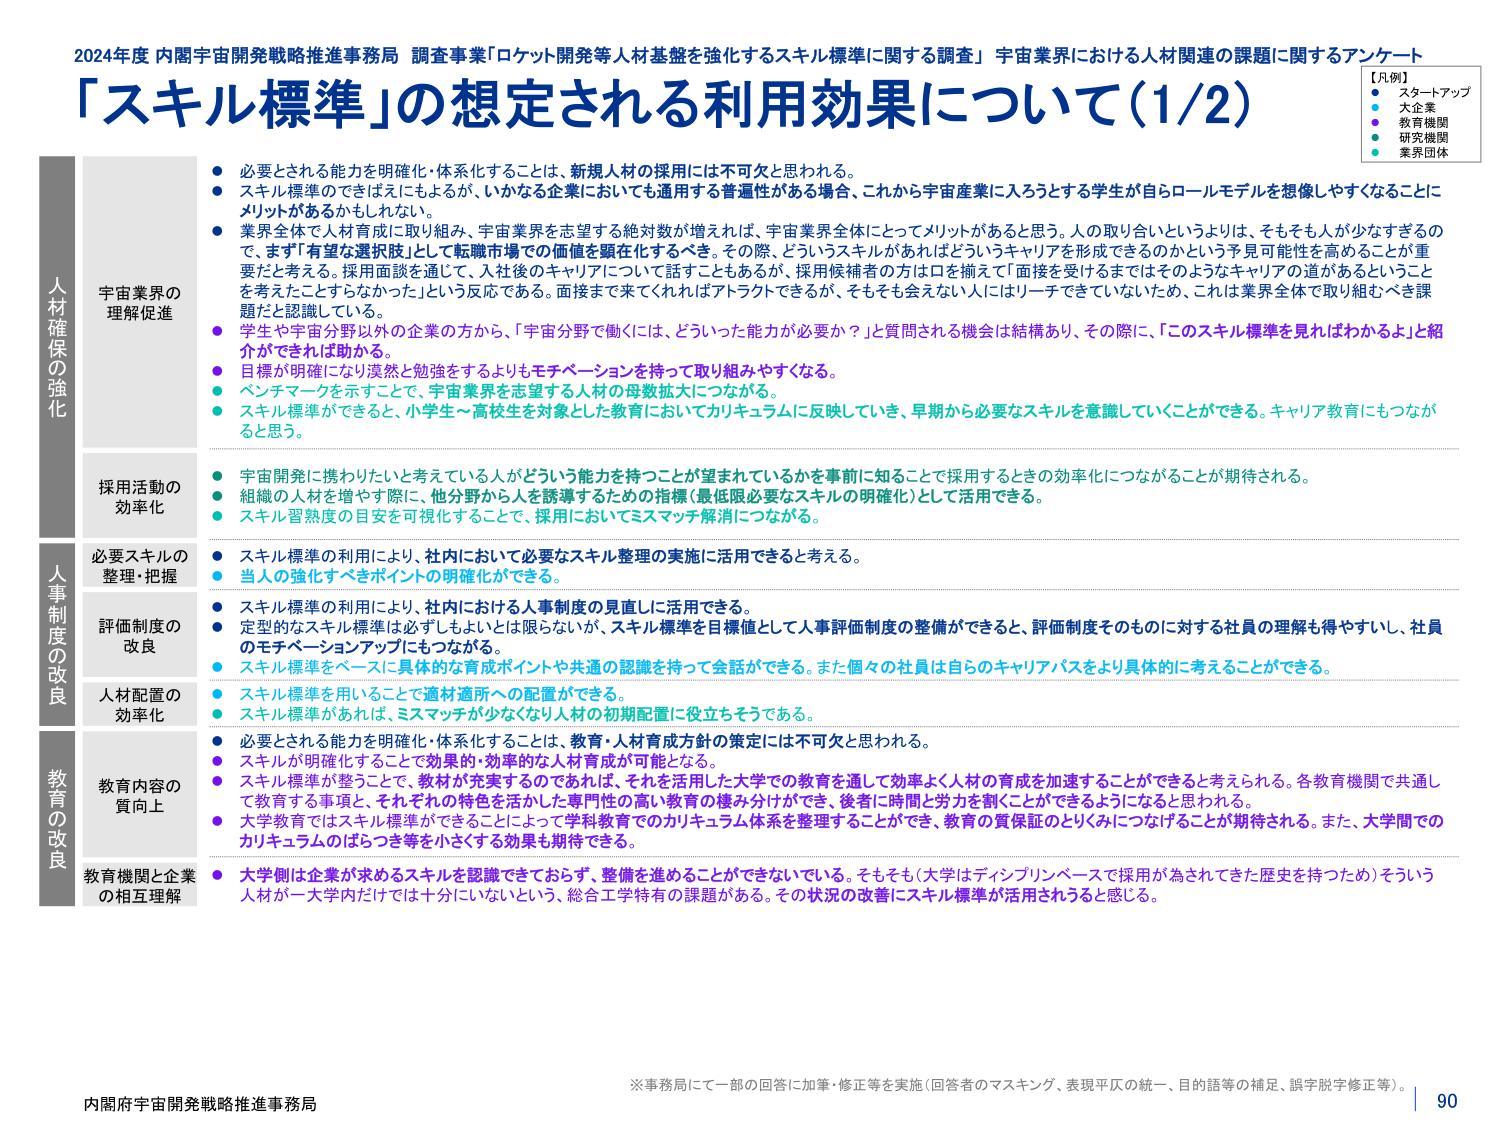
2024年度 内閣宇宙開発戦略推進事務局 調査事業「ロケット開発等人材基盤を強化するスキル標準に関する調査」 宇宙業界における人材関連の課題に関するアンケート
「スキル標準」の想定される利用効果について（1/2）

【凡例】
● スタートアップ
○ 大企業
● 教育機関
● 研究機関
● 業界団体

人材確保の強化
宇宙業界の理解促進
● 必要とされる能力を明確化・体系化することは、新規人材の採用には不可欠と思われる。
● スキル標準のできればよいが、いかなる企業においても通用する普遍性がある場合、これから宇宙産業に入ろうとする学生が自らロールモデルを想像しやすくなることにメリットがあるかもしれない。
● 業界全体で人材育成に取り組み、宇宙業界を志望する総対数が増えれば、宇宙業界全体にとってメリットがあると思う。人の取り合いというよりは、そもそも人が少なすぎるの で、まず「有望な選択肢」として転職市場での価値を顕在化するべき。その際、どういうスキルがあればどういうキャリアを形成できるのかという予見可能性を高めることが重 要だと考える。採用面談を通じて、入社後のキャリアについて話すこともあるが、採用候補者の方は口を揃えて「面接を受けるまではそのようなキャリアの道があるということ を考えたことがなかった」という反応である。面接まで来てくれればアトラクトできるが、そもそも会えない人にはリーチできていないため、これは業界全体で取り組むべき課 題だと認識している。
● 学生や宇宙分野以外の企業の方から、「宇宙分野で働くには、どういった能力が必要か？」と質問される機会は結構あり、その際に、「このスキル標準を見ればわかるよ」と紹 介ができれば助かる。
● 目標が明確になり漠然と勉強をするよりもモチベーションを持って取り組みやすくなる。
● ベンチマークを示すことで、宇宙業界を志望する人材の母数拡大につながる。
● スキル標準ができたと、小学生～高校生を対象とした教育においてカリキュラムに反映していき、早期から必要なスキルを意識していくことができる。キャリア教育にもつなが ると思う。

採用活動の効率化
● 宇宙開発に携わりたいと考えている人がどういう能力を持つことが望まれているかを事前に知ることで採用するときの効率化につながることが期待される。
● 組織の人材を増やす際に、他分野から人を誘導するための指標（最低限必要なスキルの明確化）として活用できる。
● スキル習熟度の目安を可視化することで、採用においてミスマッチ解消につながる。

人事制度の改良
必要スキルの整理・把握
● スキル標準の利用により、社内において必要なスキル整理の実施に活用できると考える。
● 当人の強化すべきポイントの明確化ができる。

評価制度の改良
● スキル標準の利用により、社内における人事制度の見直しに活用できる。
● 定型的なスキル標準は必ずしもよいとは限らないが、スキル標準を目標値として人事評価制度の整備ができると、評価制度そのものに対する社員の理解も得やすいし、社員 のモチベーションアップにもつながる。
● スキル標準をベースに具体的な育成ポイントや共通の認識を持って会話ができる。また個々の社員は自らのキャリアパスをより具体的に考えることができる。

人材配置の効率化
● スキル標準を用いることで適材適所への配置ができる。
● スキル標準があれば、ミスマッチが少なくなり人材の初期配置に役立ちそうである。

教育の改良
教育内容の質向上
● 必要とされる能力を明確化・体系化することは、教育・人材育成方針の策定には不可欠と思われる。
● スキルが明確化することで効果的・効率的な人材育成が可能となる。
● スキル標準が整うことで、教材が充実するのであれば、それを活用した大学での教育を通して効率よく人材の育成を加速することができると考えられる。各教育機関で共通し て教育する事項と、それぞれの特色を活かした専門性の高い教育の棲み分けができ、後者に時間と労力を割くことができるようになると思われる。
● 大学教育ではスキル標準ができることによって学科教育でのカリキュラム体系を整理することができ、教育の質保証のとりくみにつなげることが期待される。また、大学間での カリキュラムのばらつき等を小さくする効果も期待できる。

教育機関と企業の相互理解
● 大学側は企業が求めるスキルを認識できておらず、整備を進めることができないでいる。そもそも（大学はディンプリンベースで採用が為されてきた歴史を持つため）そういう 人材が一大学内だけでは十分にいないという、総合工学特有の課題がある。その状況の改善にスキル標準が活用されると感じる。

※事務局にて一部の回答に加筆・修正等を実施（回答者のマスキング、表現平仄の統一、目的語等の補足、誤字脱字修正等）。
内閣府宇宙開発戦略推進事務局
90